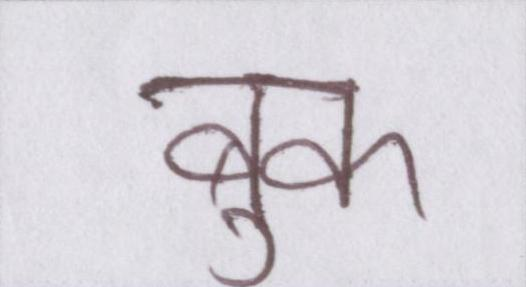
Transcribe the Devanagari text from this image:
बुक